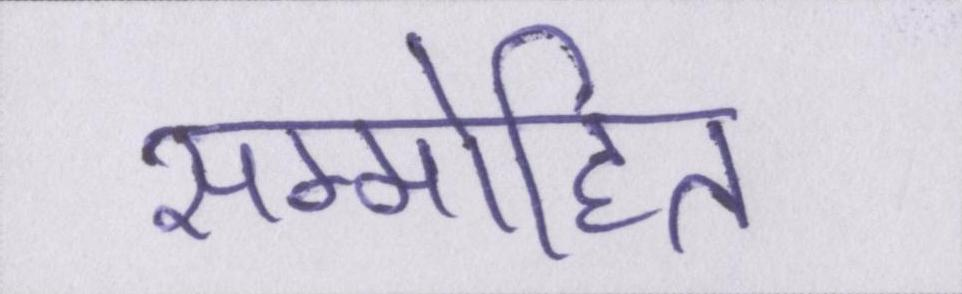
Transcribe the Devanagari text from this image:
सम्मोहित